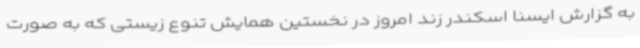
به گزارش ایسنا اسکندر زند امروز در نخستین همایش تنوع زیستی که به صورت